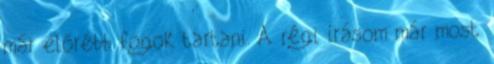
már előrébb fogok tartani. A régi írásom már most